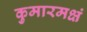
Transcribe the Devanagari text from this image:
कुमारमक्षं